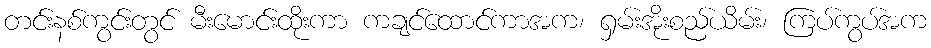
တင်းနစ်ကွင်းတွင် မီးမောင်းထိုးကာ ကချင်ထောင်ကာအက၊ ရှမ်းအိုးစည်ယိမ်း၊ ကြပ်ကွပ်အက